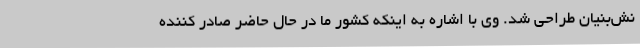
نش‌بنیان طراحی شد. وی با اشاره به اینکه کشور ما در حال حاضر صادر کننده